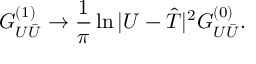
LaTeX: G _ { U { \bar { U } } } ^ { ( 1 ) } \rightarrow \frac { 1 } { \pi } \ln | U - { \hat { T } } | ^ { 2 } G _ { U { \bar { U } } } ^ { ( 0 ) } .